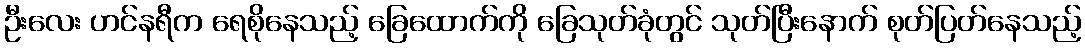
ဦးလေး ဟင်နရီက ရေစိုနေသည့် ခြေထောက်ကို ခြေသုတ်ခုံတွင် သုတ်ပြီးနောက် စုတ်ပြတ်နေသည့်